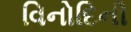
વિનોદિની